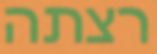
רצתה